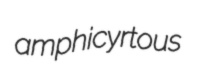
amphicyrtous